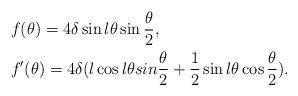
LaTeX: \begin{align*} & f(\theta)=4\delta \sin l\theta \sin \frac{\theta}{2}, \\ & f'(\theta) =4\delta (l\cos l\theta sin\frac{\theta}{2}+\frac{1}{2}\sin l\theta \cos \frac{\theta}{2} ). \end{align*}